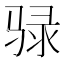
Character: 𫘧